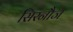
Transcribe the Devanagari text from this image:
सिरनौज